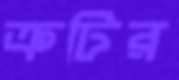
ক্রটির